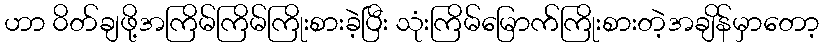
ဟာ ၀ိတ်ချဖို့အကြိမ်ကြိမ်ကြိုးစားခဲ့ပြီး သုံးကြိမ်မြောက်ကြိုးစားတဲ့အချိန်မှာတော့